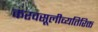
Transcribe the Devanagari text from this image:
करवसूलीव्यतिरिक्त